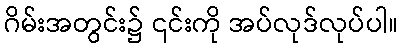
ဂိမ်းအတွင်း၌ ၎င်းကို အပ်လုဒ်လုပ်ပါ။